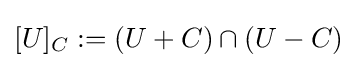
[U]_{C}:=\left(U+C\right)\cap \left(U-C\right)